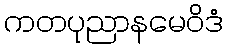
ကတပုညာနမေဝိဒံ